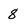
Character: 8